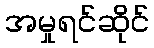
အမှုရင်ဆိုင်